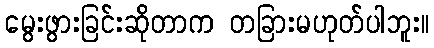
မွေးဖွားခြင်းဆိုတာက တခြားမဟုတ်ပါဘူး။